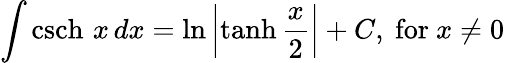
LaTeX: \int\operatorname{csch}\, x\, dx=\ln\left|\operatorname{tanh}{\frac{x}{2}}\right|+C,{\mathrm{~for~}}x\neq 0